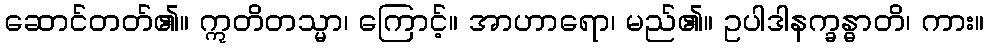
ဆောင်တတ်၏။ ဣတိတသ္မာ၊ ကြောင့်။ အာဟာရော၊ မည်၏။ ဥပါဒါနက္ခန္ဓာတိ၊ ကား။